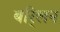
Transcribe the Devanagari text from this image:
बर्िलन